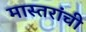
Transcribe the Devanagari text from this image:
मास्तरांची